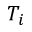
T _ { i }